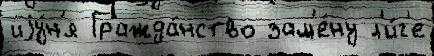
иjу́н'я Гражда́нство зам'е́ну л'и́г'е